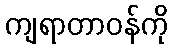
ကျရာတာဝန်ကို